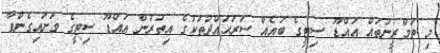
މި ތަމްރީނުތައް އައްޑޫ ސިޓީގެ ބައެއް ސަރަޙައްދުތަކުގެ އިތުރުން އައްޑޫ ސިޓީގެ ވަށައިގެންވާ